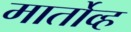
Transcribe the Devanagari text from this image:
मार्तोव्ह